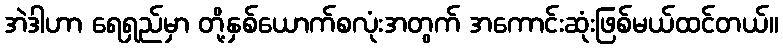
အဲဒါဟာ ရေရှည်မှာ တို့နှစ်ယောက်စလုံးအတွက် အကောင်းဆုံးဖြစ်မယ်ထင်တယ်။